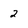
Character: 2